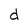
Character: d